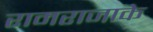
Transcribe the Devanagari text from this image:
रामराजाके